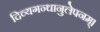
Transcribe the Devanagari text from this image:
दिव्यगन्धानुलेपनम्‌।